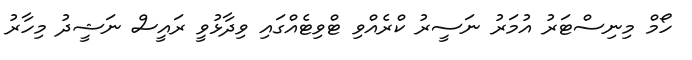
ހޯމް މިނިސްޓަރު އުމަރު ނަސީރު ކްރެއްވި ޓްވިޓެއްގައި ވިދާޅުވީ ރައީސް ނަޝީދު މިހާރު